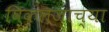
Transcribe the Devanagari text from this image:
विकलजाच्या